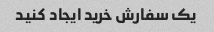
یک سفارش خرید ایجاد کنید